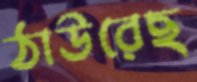
ঠাউরেছ